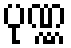
ပုဏ္ဏ